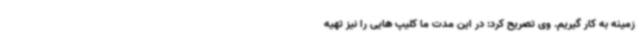
زمینه به کار گیریم. وی تصریح کرد: در این مدت ما کلیپ هایی را نیز تهیه